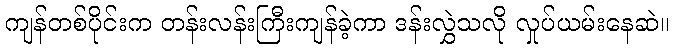
ကျန်တစ်ပိုင်းက တန်းလန်းကြီးကျန်ခဲ့ကာ ဒန်းလွှဲသလို လှုပ်ယမ်းနေဆဲ။